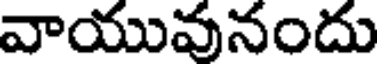
వాయువునందు